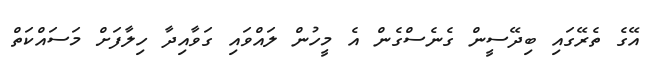
އޭގެ ތެރޭގައި ބިދޭސީން ގެނެސްގެން އެ މީހުން ލައްވައި ގަވާއިދާ ހިލާފަށް މަސައްކަތް